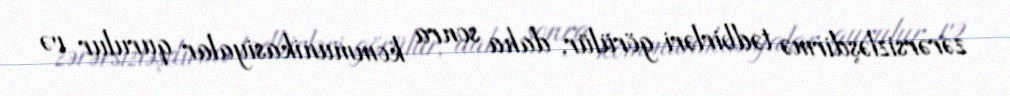
zərərsizləşdirmə tədbirləri görülür, daha sonra kommunikasiyalar qurulur və